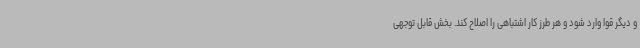
و دیگر قوا وارد شود و هر طرز کار اشتباهی را اصلاح کند. بخش قابل توجهی